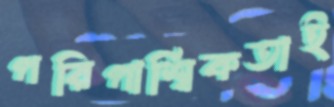
পরিপার্শ্বিকতাই